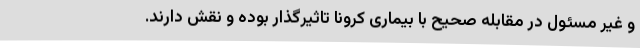
و غیر مسئول در مقابله صحیح با بیماری کرونا تاثیرگذار بوده و نقش دارند.